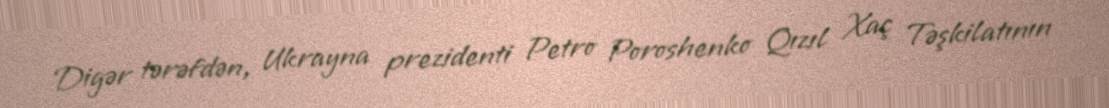
Digər tərəfdən, Ukrayna prezidenti Petro Poroshenko Qızıl Xaç Təşkilatının